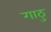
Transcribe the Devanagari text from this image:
गाठु